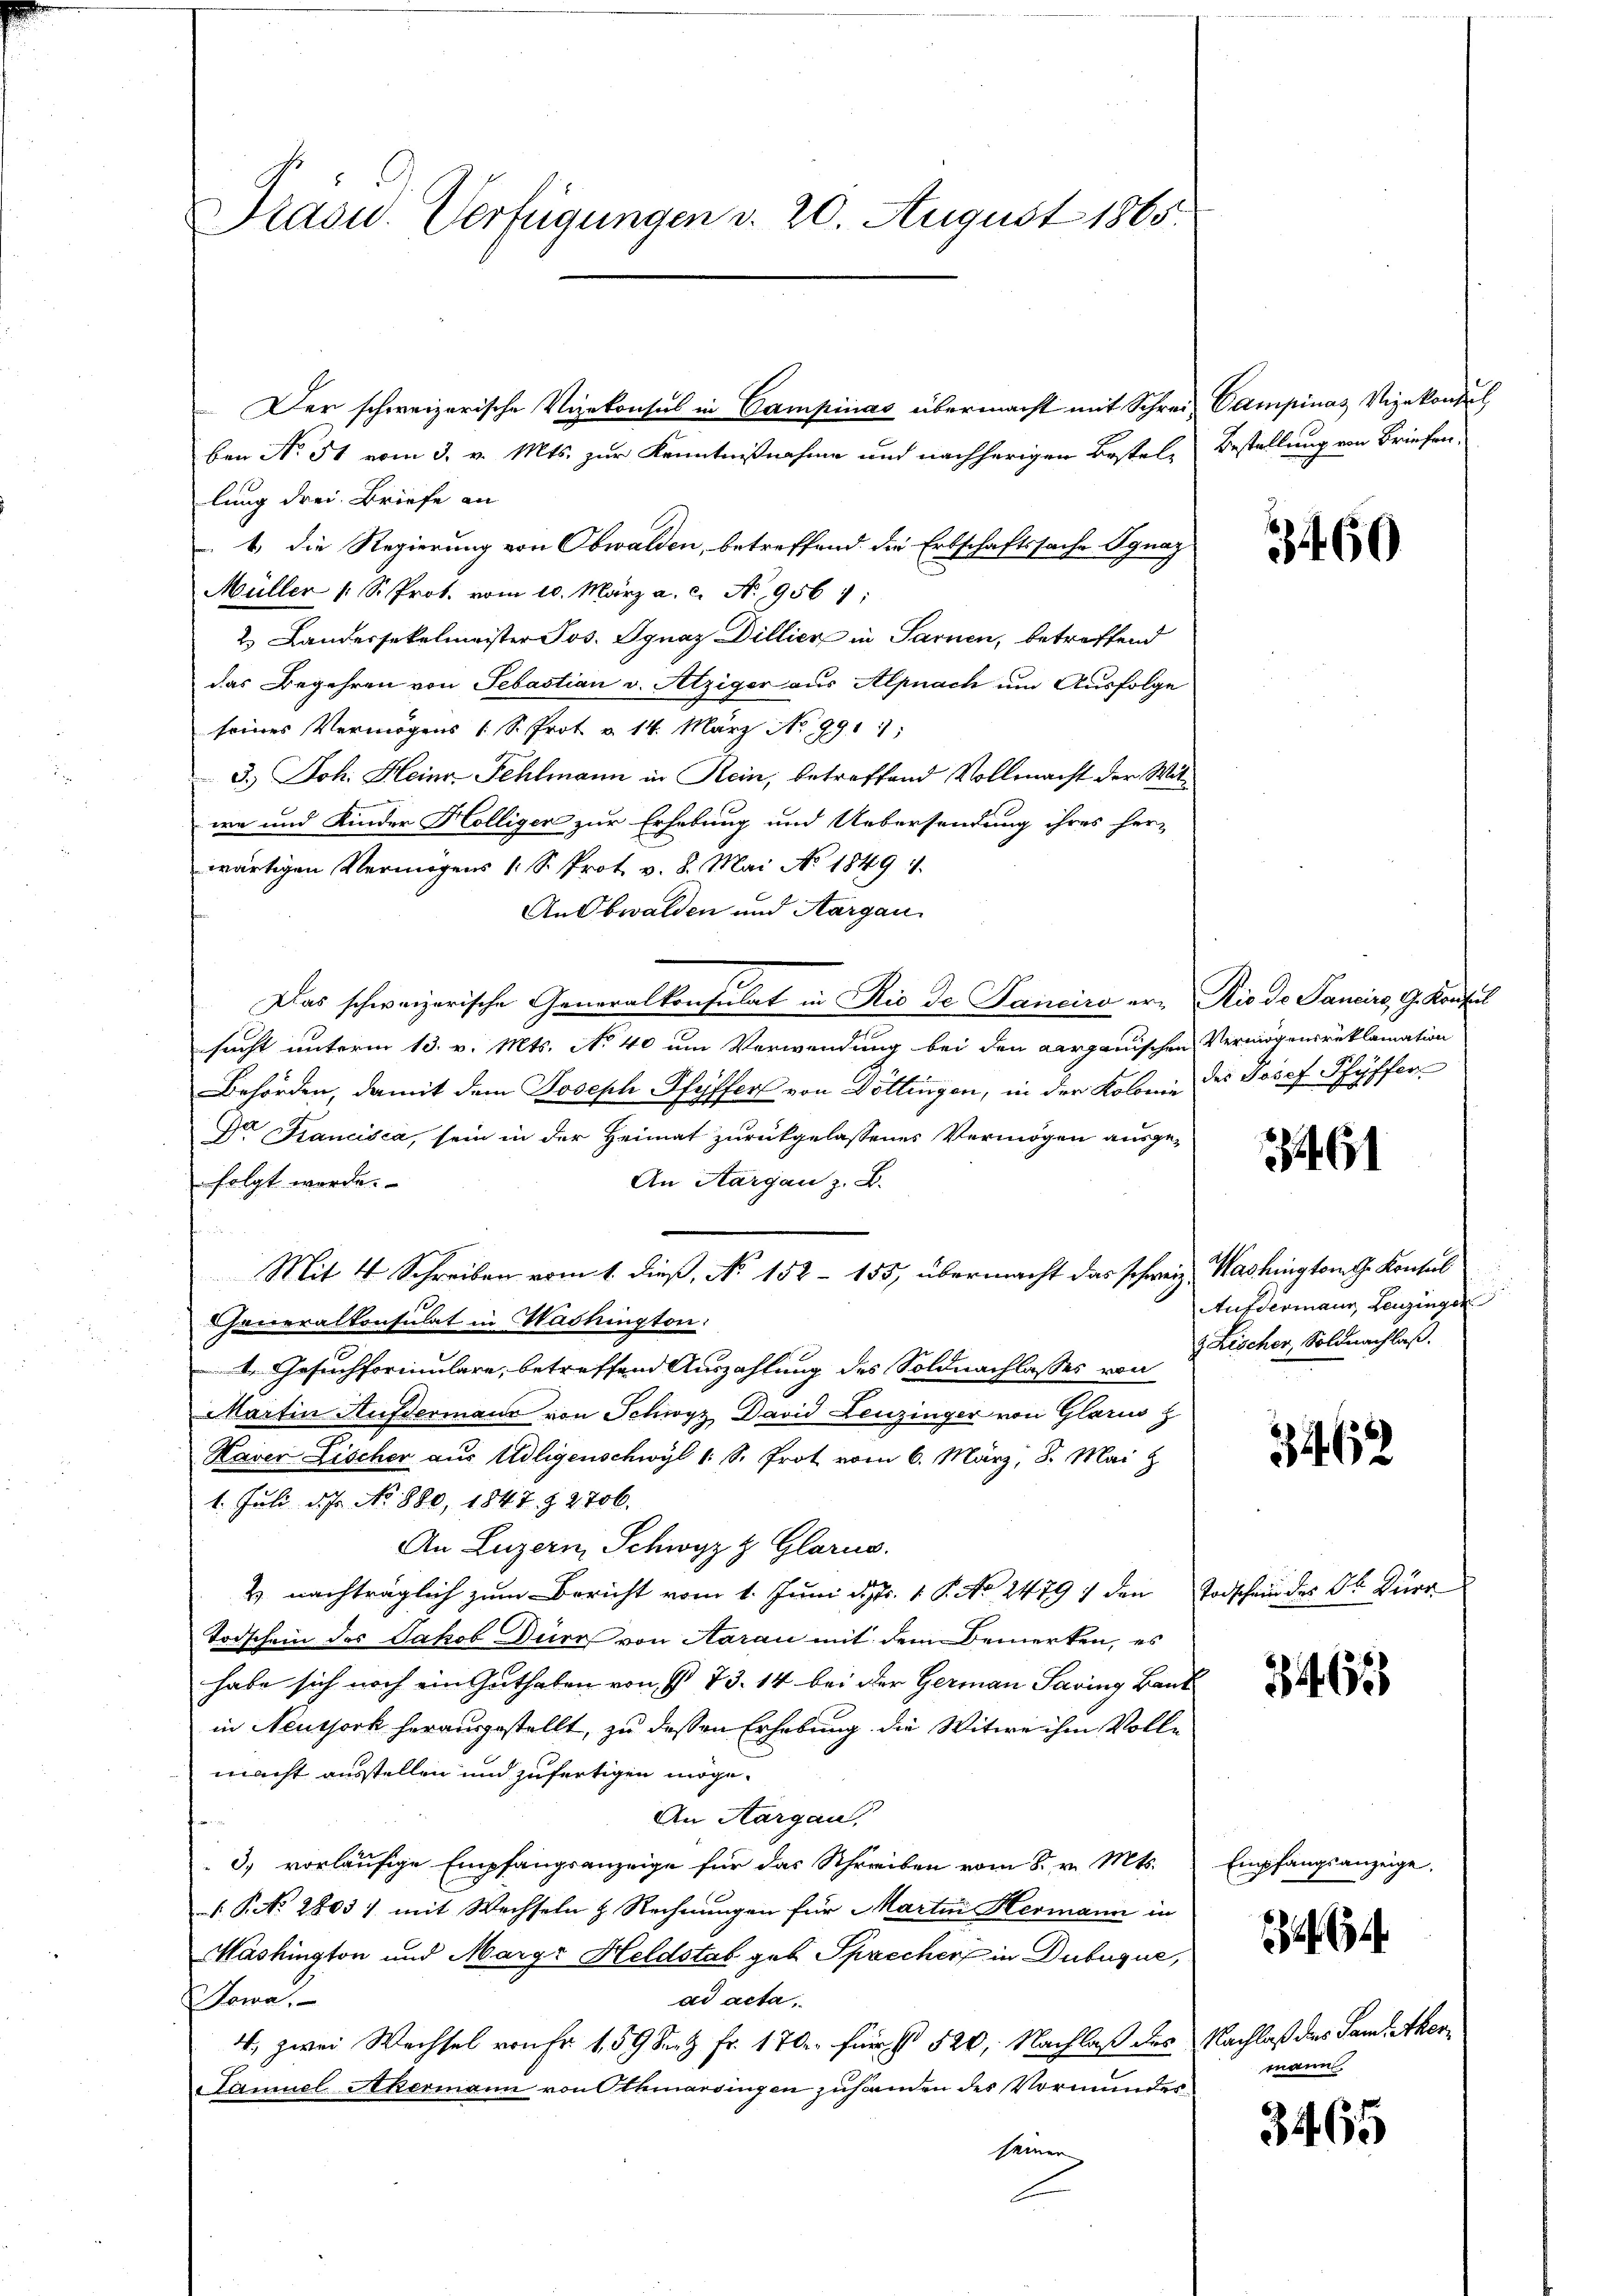
Drasid. Verfügungen d. 20. August 1865.

lung drei Briefe an
 4. die Regierung von Obwalden, betreffend die Erbschaftssache Ignaz
Müller 1 S. Prot. vom 10. März a. c. No 956 7:
2 Landersekelmeister Jos. Ignaz Dillicz in Sarnen, betreffend
das Begehren von Sebastian v. Atziger aus Alpnach um Ausfolge
seines Vermögens (S. Prot u. 14. März No 991
3.) Joh. Heinr. Fehlmann in Rein, betreffend Vollmacht der Witwe und Kinder Hölliger zur Erhebung und Uebersendung ihres her-
wärtigen Vermögens 1 S. Prot. v. 8. Mai No 1849
An Obwalden und Aargau
Das schweizerische Generalkonsulat in Rio de Panciro er- Rio de Pancirg, G. Konsul
sucht unterm 13. v. Mts. No 40 um Verwendung bei den aargauischen Vermögensreklamation
Behörden, damit dem Joseph Pfyffer von Döttingen, in der Kolonie des Josef Pfyffer
Dr Kancisca, sein in der Heimat zurückgelassenes Vermögen ausgefolgt worde.
An Aargau z. B.
Mit 4 Schreiben vom 1. dieß, No 152 - 155, übermacht das schweiz. Washington G. Konsul
Cheneralkonsulat in Washington:
Gesuchformulare, betreffend Auszahlung des Soldnachlasses von
Martin Aufdermane von Schwyz David Leuzinger von Glarus z
Kaver Fischer aus Udligenschwyl 1 S. Prot vom 6. März, 8. Mai z
1. Juli d. Js. No. 880, 1847. § 2706.
An Luzern Schwyz z. Glarus.
& nachträglich zum Bericht vom 1. Juni d. Fr. 1 P. No 24791 den Todschein des Ab. Kurg
Todschein des Jakob Durch von Aarau mit dem Bemerken, es
habe sich noch ein Guthaben von I 73. 14 bei der Germann Saving Baut
in Neussork herausgestellt, zu dessen Erhebung die Witwe ihm Volle
macht ausstellen und zufertigen möge.
An Aargau,
3) vorläufige Empfangsanzeige für das Schreiben vom 8. v. Mts. Empfangsanzeige,
 P. N. 2803) mit Wechseln z. Rechnungen für Martin Hermann in
Mashington und Marge Heldstab geb. Sprecher in Dubuque,
ad acta,
Sowa,
4, zwei Wechsel von Fr. 159 Sept Fr. 170. für § 520, Nachlaß des Nachlaß des Saml Aker¬
Samuel Akermann von Othmarsingen zuhänden des Vormundesseiner

Der schweizerische Vizekonsul in Campinas übermacht mit Schrei Campinas Vizekonsul
ben No 51 vom 3. v. Mts. zur Kenntnißnahme und nachherigen Bestel- Bestellung von Briefen,

3460

261

Aufdermann, Leuzinger
& Fischer, Soldnachlaß.

3462

3462

2

mann

3465